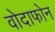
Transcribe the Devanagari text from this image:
वोदाफोन